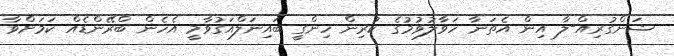
ޝަންގުރިއް-ލާ އިން އެތަނާ ހަވާލުވުމުގެ ކުރިން ހިންގީ ބައިނަލްއަގުވާމީ އެހެން ބްރޭންޑެއް ކަމަށްވާ